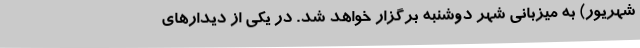
شهریور) به میزبانی شهر دوشنبه برگزار خواهد شد. در یکی از دیدارهای